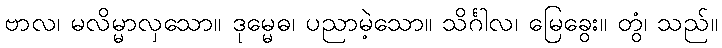
ဗာလ၊ မလိမ္မာလှသော။ ဒုမ္မေဓ၊ ပညာမဲ့သော။ သိင်္ဂါလ၊ မြေခွေး။ တွံ၊ သည်။